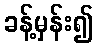
ခန့်မှန်း၍